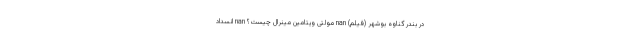
در بندر گناوه بوشهر (فیلم) nan مولتی ویتامین مینرال چیست؟ nan انسداد